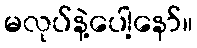
မလုပ်နဲ့ပေါ့နော်။